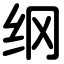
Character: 纲